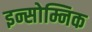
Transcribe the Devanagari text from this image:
इन्सोम्निक